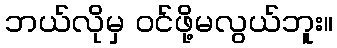
ဘယ်လိုမှ ဝင်ဖို့မလွယ်ဘူး။